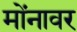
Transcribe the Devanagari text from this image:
मोंनावर